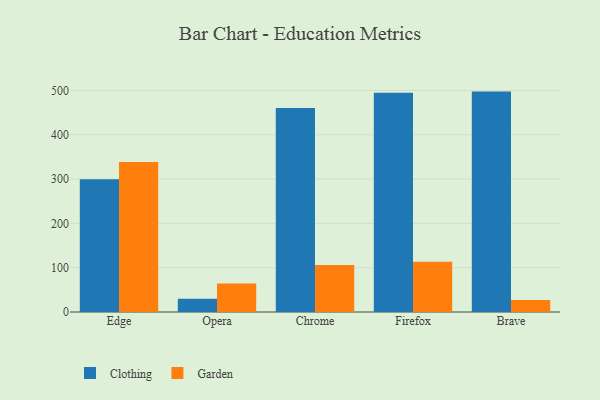
{"axis": {"x": "Browser", "y": "Customer Acquisition Cost (USD)"}, "legend": ["Clothing", "Garden"], "data": [{"x": "Edge", "y": 299.5, "type": "Clothing"}, {"x": "Edge", "y": 338.5, "type": "Garden"}, {"x": "Opera", "y": 29.9, "type": "Clothing"}, {"x": "Opera", "y": 64.1, "type": "Garden"}, {"x": "Chrome", "y": 460.6, "type": "Clothing"}, {"x": "Chrome", "y": 105.8, "type": "Garden"}, {"x": "Firefox", "y": 494.6, "type": "Clothing"}, {"x": "Firefox", "y": 113.2, "type": "Garden"}, {"x": "Brave", "y": 497.4, "type": "Clothing"}, {"x": "Brave", "y": 27.1, "type": "Garden"}]}